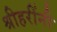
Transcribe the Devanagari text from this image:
श्रीहरींनी